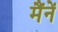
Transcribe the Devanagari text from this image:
मैंनें